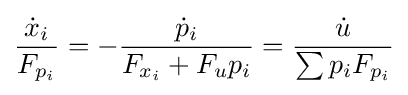
{\frac {{\dot {x}}_{i}}{F_{p_{i}}}}=-{\frac {{\dot {p}}_{i}}{F_{x_{i}}+F_{u}p_{i}}}={\frac {\dot {u}}{\sum p_{i}F_{p_{i}}}}